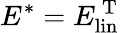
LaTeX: E^{*}=E_{\mathrm{lin}}^{\mathrm{~T~}}